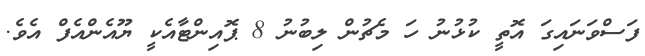
ފަސްވަނައިގަ އޮތީ ކުޅުނު ހަ މެޗުން ލިބުނު 8 ޕޮއިންޓާއެކީ ޔޫއެންއެފް އެވެ.